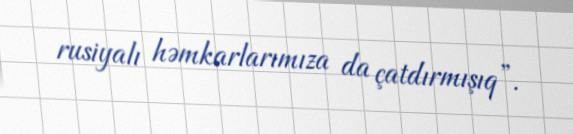
rusiyalı həmkarlarımıza da çatdırmışıq”.